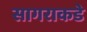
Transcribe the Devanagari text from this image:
सागराकडे